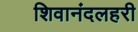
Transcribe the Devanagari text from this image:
शिवानंदलहरी